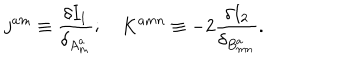
j ^ { a m } \equiv \frac { \delta I _ { 1 } } { \delta _ { A _ { m } ^ { a } } } ; \quad K ^ { a m n } \equiv - 2 \frac { \delta I _ { 2 } } { \delta _ { B _ { m n } ^ { a } } } .